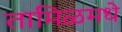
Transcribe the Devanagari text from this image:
तामिळमधे